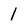
Character: 1